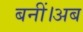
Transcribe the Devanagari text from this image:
बनीं।अब